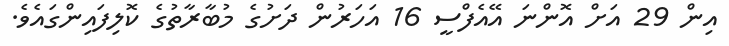
އިން 29 އަށް އޮންނަ އޭއެފްސީ 16 އަހަރުން ދަށުގެ މުބާރާތުގެ ކޮލިފައިންގައެވެ.